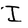
Character: I